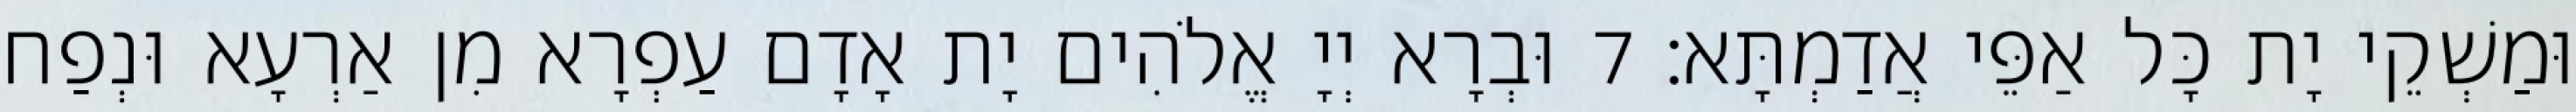
וּמַשְׁקֵי יָת כָּל אַפֵּי אֲדַמְתָּא׃ 7 וּבְרָא יְיָ אֱלֹהִים יָת אָדָם עַפְרָא מִן אַרְעָא וּנְפַח